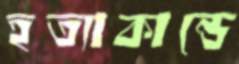
হত্যাকান্ডে